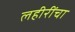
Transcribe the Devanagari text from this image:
लहीरींचा